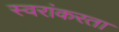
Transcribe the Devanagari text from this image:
स्वरांकरता